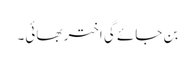
بن جائے گی اختر بھائی۔